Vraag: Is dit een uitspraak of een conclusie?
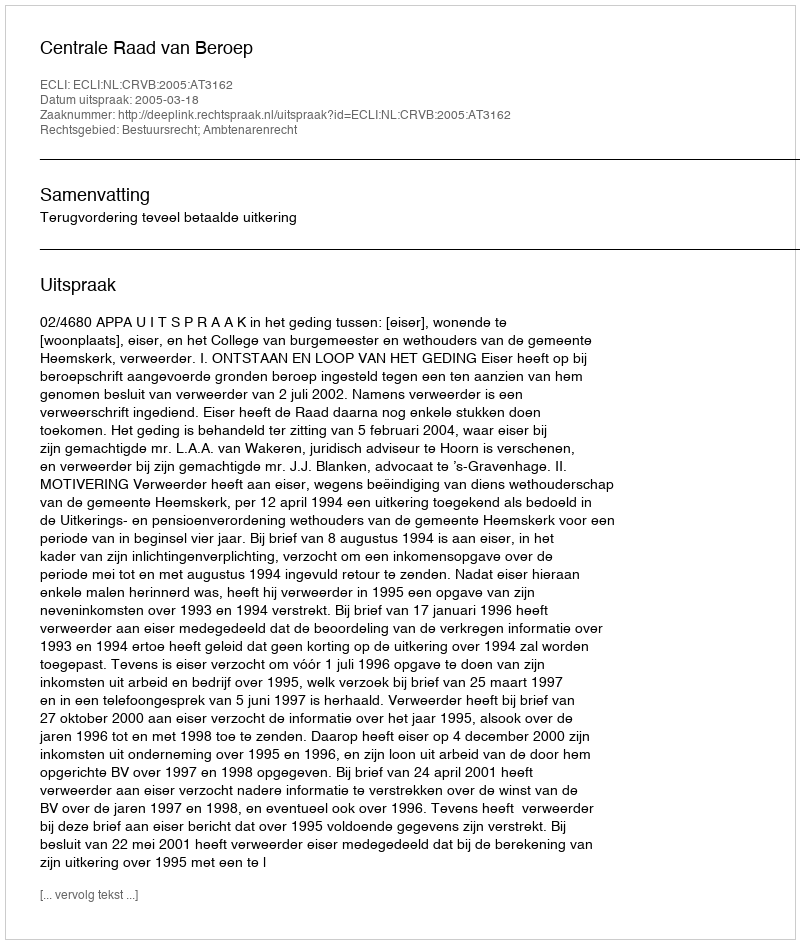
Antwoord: Uitspraak